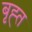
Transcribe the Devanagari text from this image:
बृह्त